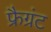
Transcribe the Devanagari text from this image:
फ्रैग्रंट